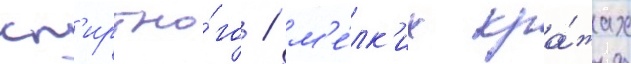
сп'иртно́го / м'е́лк'их кра́жах